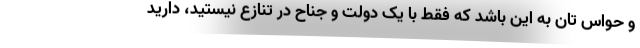
و حواس تان به این باشد که فقط با یک دولت و جناح در تنازع نیستید، دارید